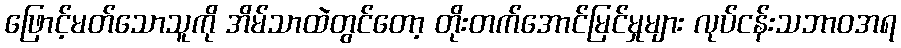
ဖြောင့်မတ်သောသူကို အိမ်သာထဲတွင်တော့ တိုးတက်အောင်မြင်မှုများ လုပ်ငန်းသဘာဝအရ